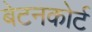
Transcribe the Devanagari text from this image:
बेटनकोर्ट